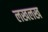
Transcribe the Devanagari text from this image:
लखलख